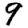
Digit: 9